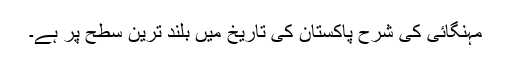
مہنگائی کی شرح پاکستان کی تاریخ میں بلند ترین سطح پر ہے۔